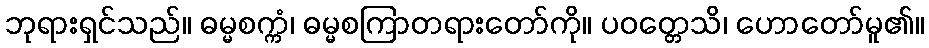
ဘုရားရှင်သည်။ ဓမ္မစက္ကံ၊ ဓမ္မစကြာတရားတော်ကို။ ပဝတ္တေသိ၊ ဟောတော်မူ၏။